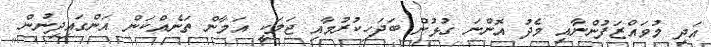
އަދި މުވައްޒަފުންނާއި މެދު އޮންނަ ގުޅުން ބަދަހިކުރުމާއި ޖަލަކީ އަމާން ތަނެއްކަން އަންގައިދިނުން